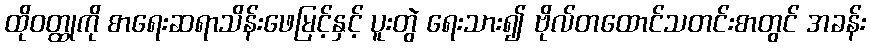
ထိုဝတ္ထုကို စာရေးဆရာသိန်းဖေမြင့်နှင့် ပူးတွဲ ရေးသား၍ ဗိုလ်တထောင်သတင်းစာတွင် အခန်း